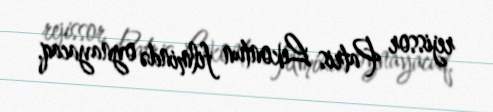
rejissor Patris Lekontun filmində oynayacaq.